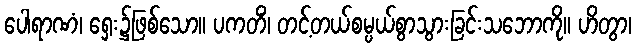
ပေါရာဏံ၊ ရှေး၌ဖြစ်သော။ ပကတိံ၊ တင့်တယ်စမ္ပယ်စွာသွားခြင်းသဘောကို။ ဟိတွာ၊